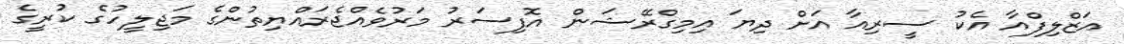
އަޒްލިފްއާ އެކު ސީރިއާ އަށް ދިޔަ އިމިގްރޭޝަން އޮފިސަރު މަރުވެއްޖެރައްޔިތުންގެ މަޖިލީހުގެ ކުރީގެ